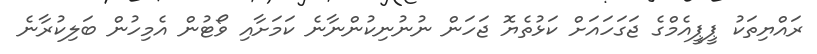
ރައްޔިތަކު ޕީޕީއެމްގެ ޖަގަހައަށް ކަޅުތެޔޮ ޖަހަން ނުނުނިކުންނާނެ ކަމަށާއި ވޯޓުން އެމިހުން ބަލިކުރާނެ